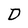
Character: D